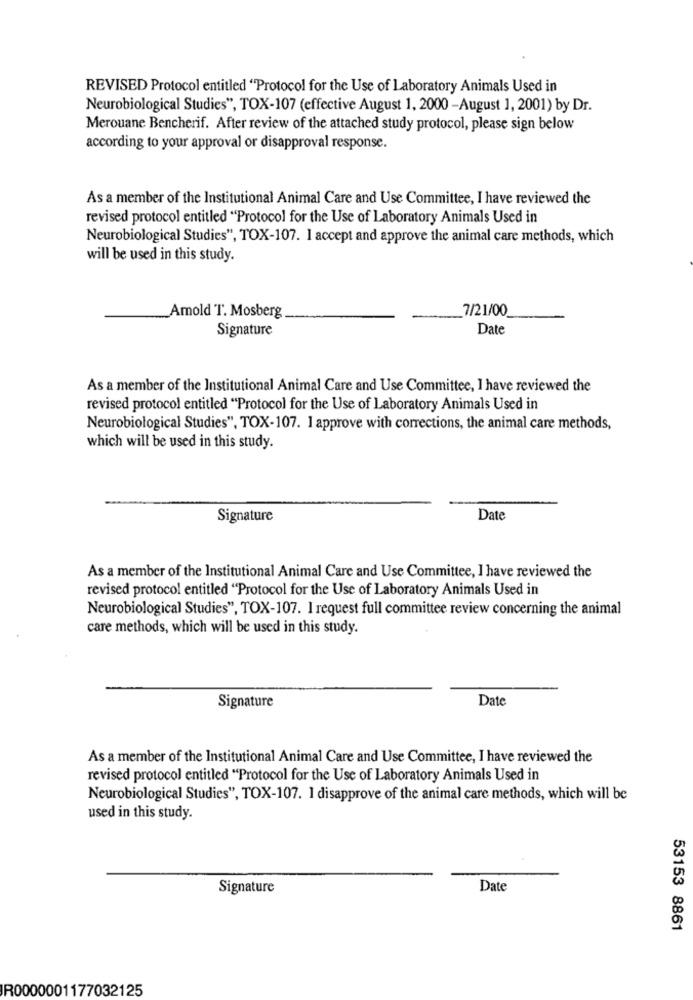
REVISED Protocol entitled "Protocol for the Use of Laboratory Animals Used in
Neurobiological Studies", TOX-107 (effective August 1, 2000 -August 1, 2001) by Dr.
Merouane Bencherif. After review of the attached study protocol, please sign below
according to your approval or disapproval response.
As a member of the Institutional Animal Care and Use Committee, I have reviewed the
revised protocol entitled "Protocol for the Use of Laboratory Animals Used in
Neurobiological Studies", TOX-107. I accept and approve the animal care methods, which
will be used in this study.
7/21/00
Amold T. Mosberg
Signature
Date
As a member of the Institutional Animal Care and Use Committee, I have reviewed the
revised protocol entitled "Protocol for the Use of Laboratory Animals Used in
Neurobiological Studies", TOX-107. I approve with corrections, the animal care methods,
which will be used in this study.
Signature
Date
As a member of the Institutional Animal Care and Use Committee, I have reviewed the
revised protocol entitled "Protocol for the Use of Laboratory Animals Used in
Neurobiological Studies", TOX-107. I request full committee review concerning the animal
care methods, which will be used in this study.
Date
Signature
As a member of the Institutional Animal Care and Use Committee, I have reviewed the
revised protocol entitled "Protocol for the Use of Laboratory Animals Used in
Neurobiological Studies", TOX-107. 1 disapprove of the animal care methods, which will be
used in this study.
Signature
Date
53153 8861
R0000001177032125